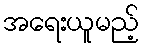
အရေးယူမည့်